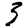
Digit: 3